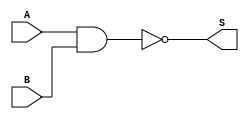
// Modulo da porta NAND
module NAND(input A, input B,
            output S);
    assign S = ~(A & B);
endmodule

// Modulo da porta NOR, usando apenas NANDs
module NOR(input A, input B,
        output S);
    wire S1, S2, S3;
    NAND NAND1(A, A, S1);
    NAND NAND2(B, B, S2);
    NAND NAND3(S1, S2, S3);
    NAND NAND4(S3, S3, S);
endmodule

// Modulo de testes
module teste();
    reg A, B;
    wire S;
    NOR NOR1(A, B, S);
    
    initial begin
        $display("A B S");
        $monitor("%b %b %b", A, B, S);
        A = 0; B = 0; // 0
        #1 A = 0; B = 1; // 1
        #1 A = 1; B = 0; // 2
        #1 A = 1; B = 1; // 3
    end
endmodule